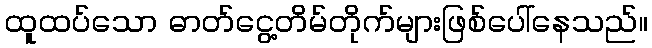
ထူထပ်သော ဓာတ်ငွေ့တိမ်တိုက်များဖြစ်ပေါ်နေသည်။